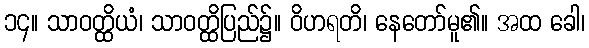
၁၄။ သာဝတ္ထိယံ၊ သာဝတ္ထိပြည်၌။ ဝိဟရတိ၊ နေတော်မူ၏။ အထ ခေါ၊